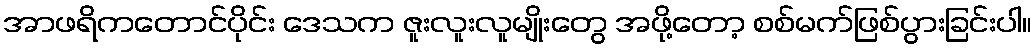
အာဖရိကတောင်ပိုင်း ဒေသက ဇူးလူးလူမျိုးတွေ အဖို့တော့ စစ်မက်ဖြစ်ပွားခြင်းပါ။